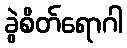
ခွဲစိတ်ရောဂါ